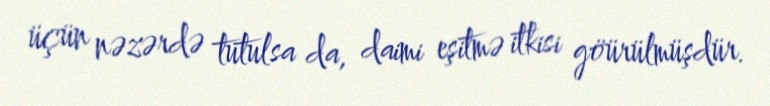
üçün nəzərdə tutulsa da, daimi eşitmə itkisi göürülmüşdür.